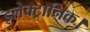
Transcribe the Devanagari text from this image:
इलेक्ट्रानिक।